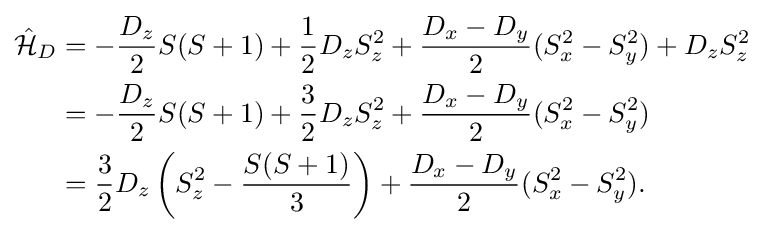
{\begin{aligned}{\hat {\mathcal {H}}}_{D}&=-{\frac {D_{z}}{2}}S(S+1)+{\frac {1}{2}}D_{z}S_{z}^{2}+{\frac {D_{x}-D_{y}}{2}}(S_{x}^{2}-S_{y}^{2})+D_{z}S_{z}^{2}\\&=-{\frac {D_{z}}{2}}S(S+1)+{\frac {3}{2}}D_{z}S_{z}^{2}+{\frac {D_{x}-D_{y}}{2}}(S_{x}^{2}-S_{y}^{2})\\&={\frac {3}{2}}D_{z}\left(S_{z}^{2}-{\frac {S(S+1)}{3}}\right)+{\frac {D_{x}-D_{y}}{2}}(S_{x}^{2}-S_{y}^{2}).\end{aligned}}